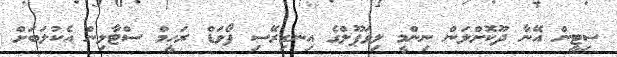
ސިޓީން އޭނާ ދޫކޮށްލަން ނިންމީ ލިވަޕޫލްގެ އިނގިރޭސި ފޯވަޑް ރަހީމް ސްޓާލިން އެކުލަބަށް